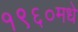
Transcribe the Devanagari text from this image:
१९६०मधे